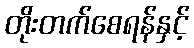
တိုးတက်စေရန်နှင့်